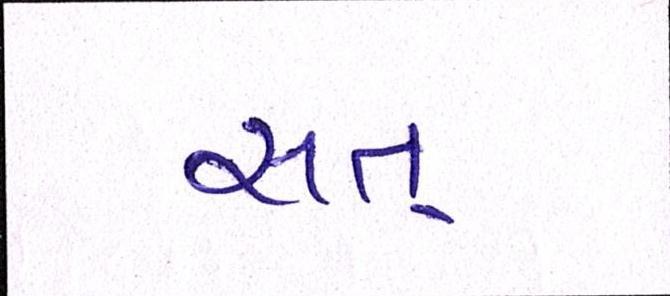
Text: સત્